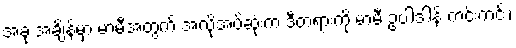
အခု အချိန်မှာ မာမီအတွက် အလိုအပ်ဆုံးက ဒီတရားကို မာမီ ဥပါဒါန် ကင်းကင်း၊